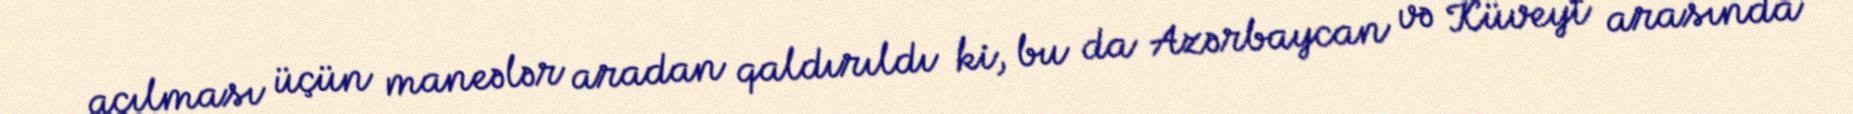
açılması üçün maneələr aradan qaldırıldı ki, bu da Azərbaycan və Küveyt arasında